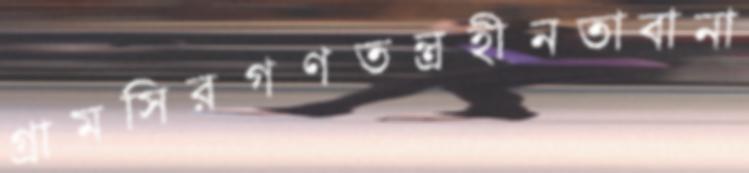
গ্রামসিরগণতন্ত্রহীনতাবানা